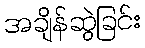
အချိန်ဆွဲခြင်း